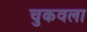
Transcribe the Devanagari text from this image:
चुकवला